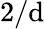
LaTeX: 2/\mathrm{d}